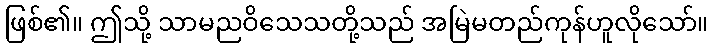
ဖြစ်၏။ ဤသို့ သာမညဝိသေသတို့သည် အမြဲမတည်ကုန်ဟူလိုသော်။